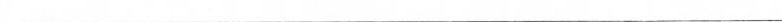
————————————